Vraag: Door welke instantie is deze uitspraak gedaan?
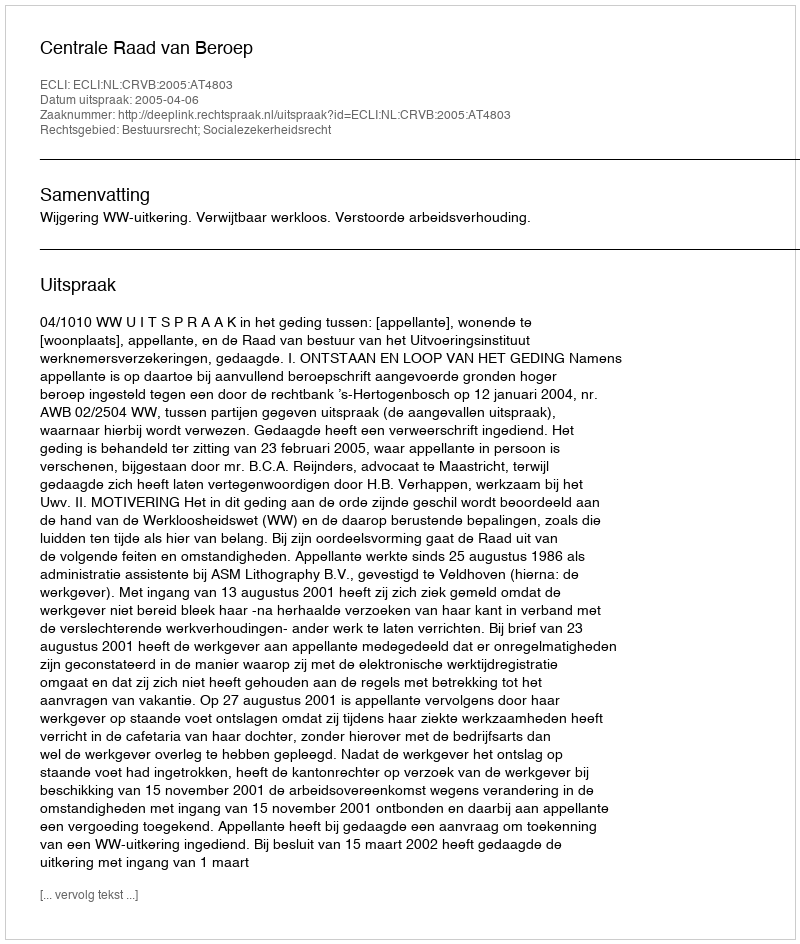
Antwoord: Centrale Raad van Beroep